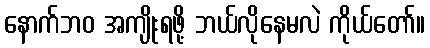
နောက်ဘဝ အကျိုးရဖို့ ဘယ်လိုနေမလဲ ကိုယ်တော်။